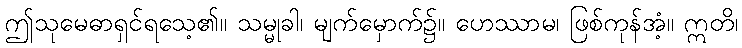
ဤသုမေဓာရှင်ရသေ့၏။ သမ္မုခါ၊ မျက်မှောက်၌။ ဟေဿာမ၊ ဖြစ်ကုန်အံ့။ ဣတိ၊